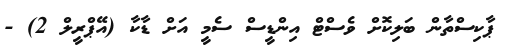
ޕާކިސްތާން ބަލިކޮށް ވެސްޓް އިންޑީސް ސެމީ އަށް ޑާކާ (އޭޕްރީލް 2) -